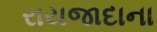
રાયજાદાના